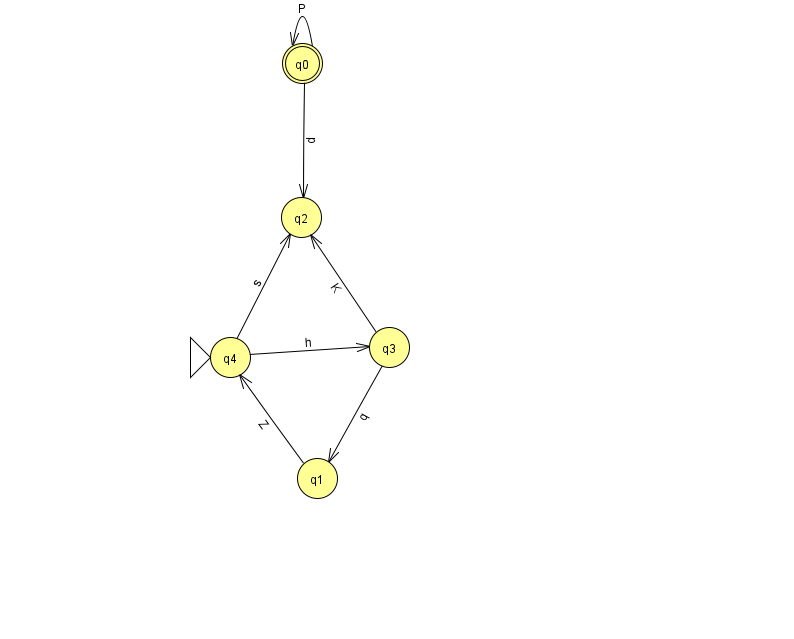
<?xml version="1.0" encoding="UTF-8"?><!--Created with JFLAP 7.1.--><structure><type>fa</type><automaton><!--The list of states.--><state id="0" name="q0"><x>302.0</x><y>50.0</y><final/></state><state id="1" name="q1"><x>317.0</x><y>465.0</y></state><state id="2" name="q2"><x>301.0</x><y>204.0</y></state><state id="3" name="q3"><x>389.0</x><y>334.0</y></state><state id="4" name="q4"><x>230.0</x><y>344.0</y><initial/></state><!--The list of transitions.--><transition><from>0</from><to>0</to><read>P</read></transition><transition><from>4</from><to>2</to><read>s</read></transition><transition><from>3</from><to>1</to><read>q</read></transition><transition><from>3</from><to>2</to><read>K</read></transition><transition><from>1</from><to>4</to><read>Z</read></transition><transition><from>4</from><to>3</to><read>h</read></transition><transition><from>0</from><to>2</to><read>d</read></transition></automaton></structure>